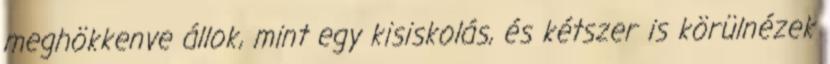
meghökkenve állok, mint egy kisiskolás, és kétszer is körülnézek